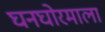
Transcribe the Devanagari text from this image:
घनघोरमाला